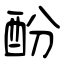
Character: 酚